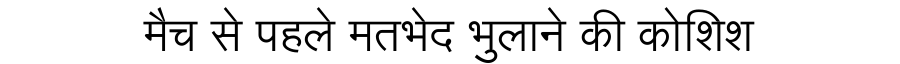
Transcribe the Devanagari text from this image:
मैच से पहले मतभेद भुलाने की कोशिश